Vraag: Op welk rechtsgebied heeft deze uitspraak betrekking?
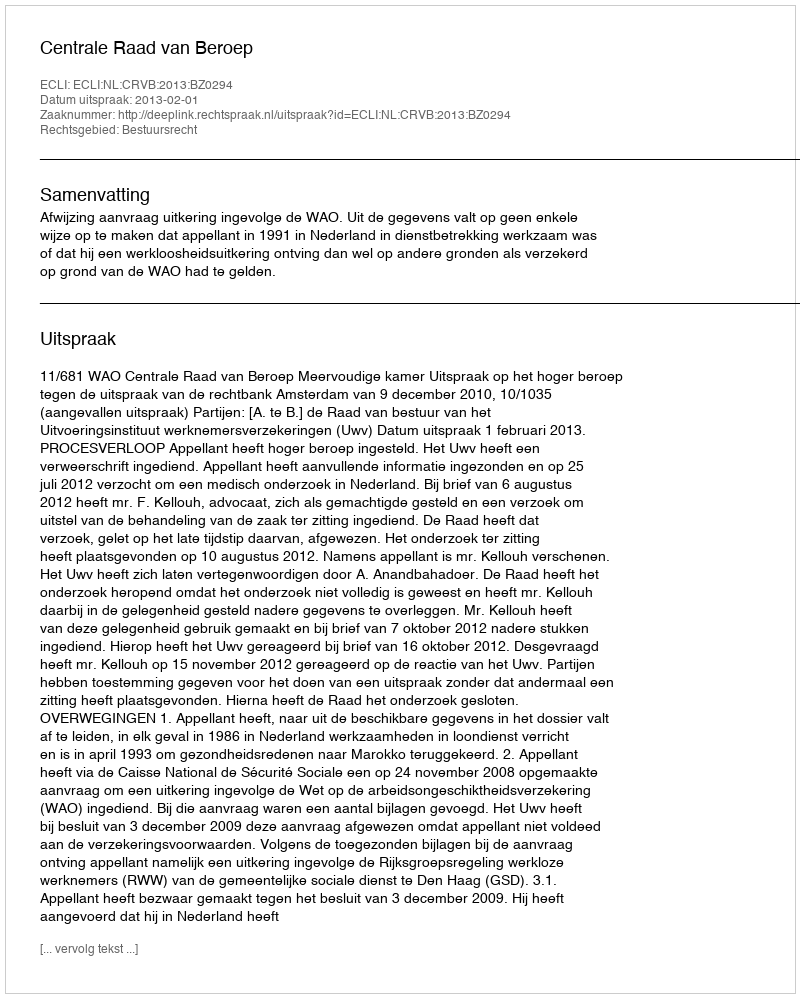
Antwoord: Bestuursrecht